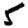
Digit: 5